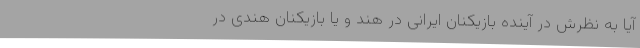
آیا به نظرش در آینده بازیکنان ایرانی در هند و یا بازیکنان هندی در